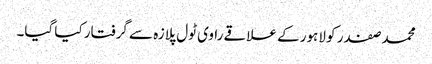
محمد صفدر کو لاہور کے علاقے راوی ٹول پلازہ سے گرفتار کیا گیا۔